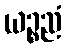
ယဉ္စညံ